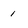
Character: 1